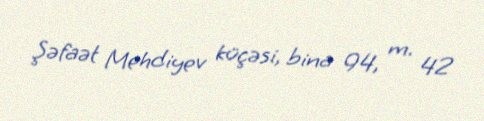
Şəfaət Mehdiyev küçəsi, bina 94, m. 42